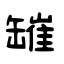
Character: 𦉎